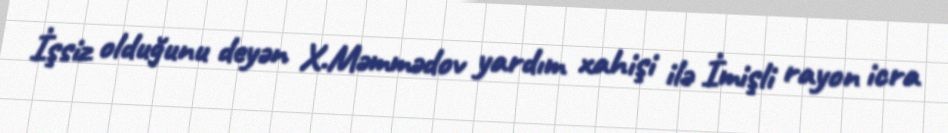
İşsiz olduğunu deyən X.Məmmədov yardım xahişi ilə İmişli rayon icra